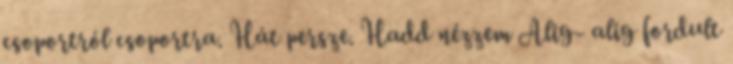
csoportról csoportra. Hát persze. Hadd nézzem Alig- alig fordult